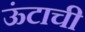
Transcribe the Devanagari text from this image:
ऊंटाची